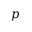
p